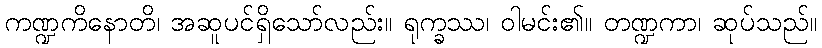
ကဏ္ဍကိနောတိ၊ အဆူပင်ရှိသော်လည်း။ ရုက္ခဿ၊ ဝါမင်း၏။ တဏ္ဍကာ၊ ဆုပ်သည်။